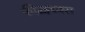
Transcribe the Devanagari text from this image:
फीद्बच्क्स